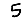
Digit: 5